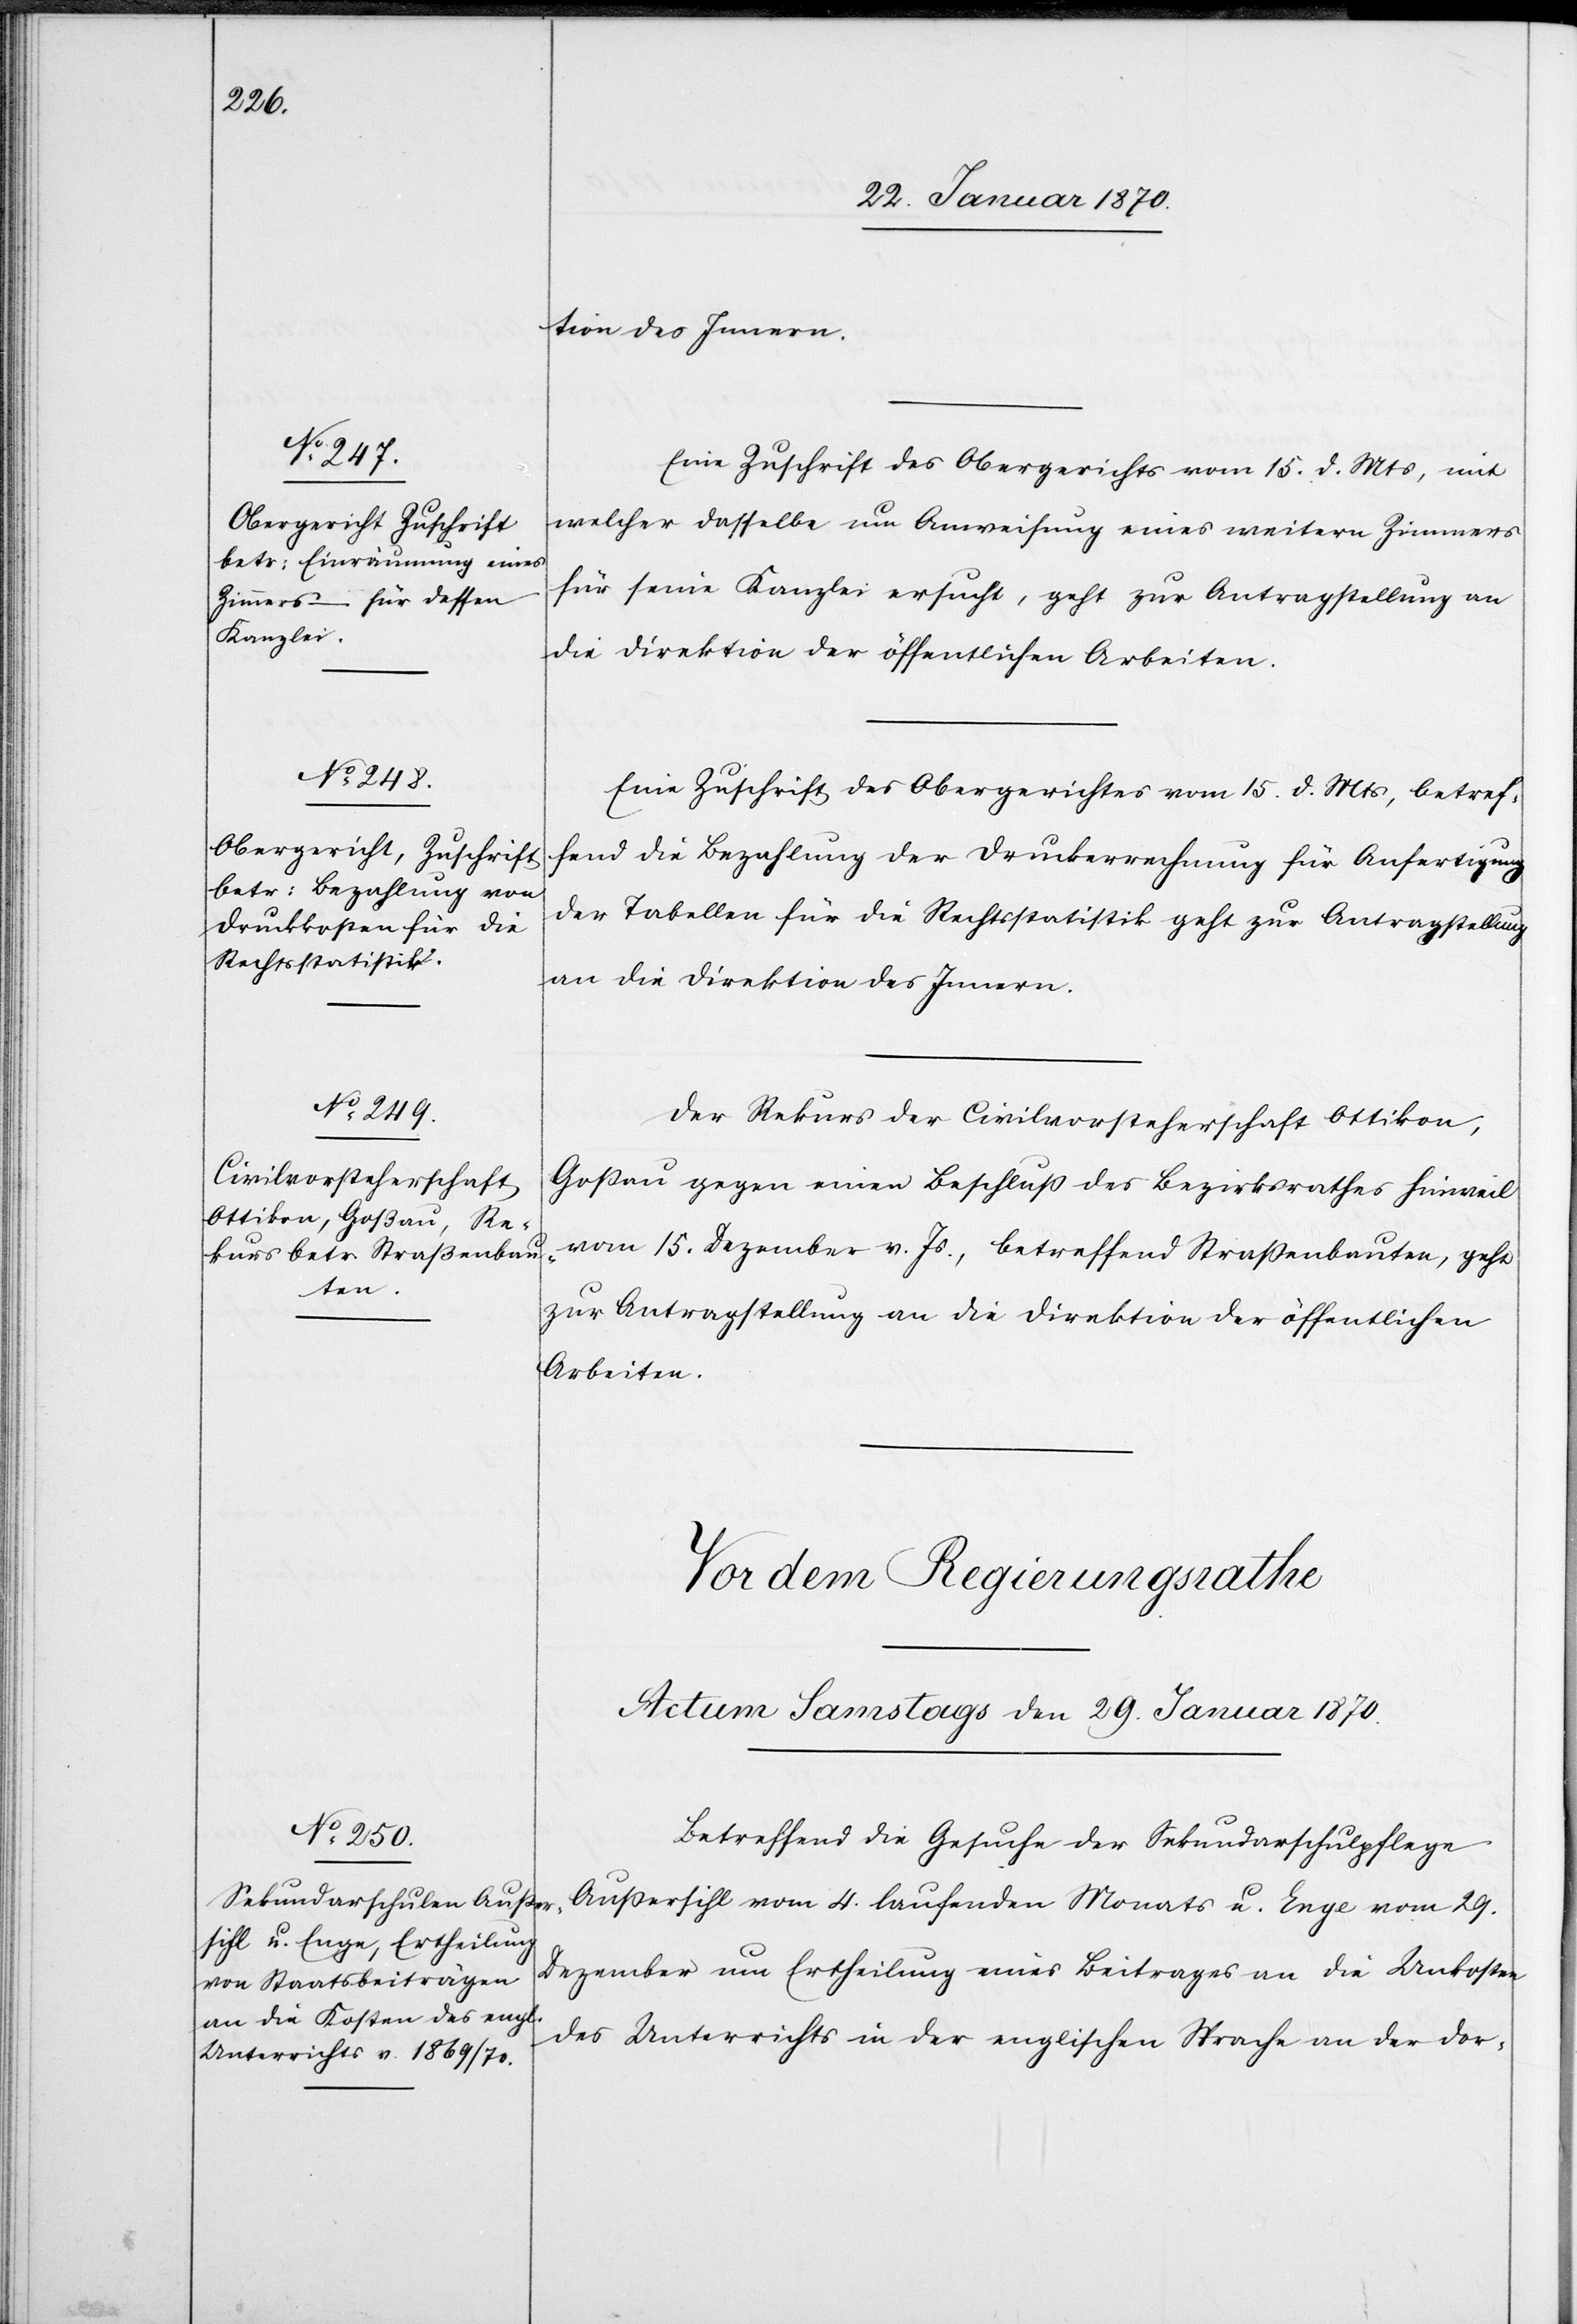
27. Januar 1870.]
tion des Innern.
Eine Zuschrift des Obergerichts vom 15. d. Mts, mit
welcher dasselbe um Anweisung eines weiteren Zimmers
für seine Kanzlei ersucht, geht zur Antragstellung an
die Direktion der öffentlichen Arbeiten.
Eine Zuschrift des Obergerichts vom 15. d. Mts., betref¬
fend die Bezahlung der Druckerrechung für Anfertigung
der Tabellen für die Rechtsstatistik geht zur Antragstellung
an die Direktion des Innern.
Der Rekurs der Civilvorsteherschaft Ottikon,
Goßau gegen einen Beschluß des Bezirksrathes Hinweil
vom 15. Dezember v. Js., betreffend Straßenbauten, geht
zur Antragstellung an die Direktion der öffentlichen
Arbeiten.
Betreffend die Gesuche der Sekundarschulpflege
Außersihl vom 4. laufenden Monats u. Enge vom 29.
Dezember um Ertheilung eines Beitrages an die Unkosten
des Unterrichts in der englischen Sprache an der dor-